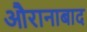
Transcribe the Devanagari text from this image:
औरानाबाद